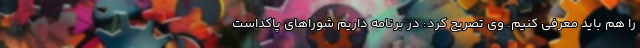
را هم باید معرفی کنیم. وی تصریح کرد: در برنامه داریم شوراهای پاکداست